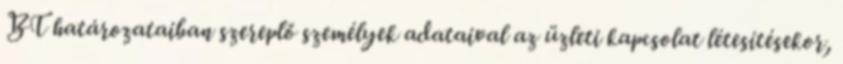
BT határozataiban szereplő személyek adataival az üzleti kapcsolat létesítésekor,